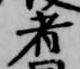
者